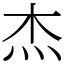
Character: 杰